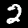
Label: 2